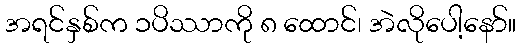
အရင်နှစ်က ၁ပိဿာကို ၈ ထောင်၊ အဲလိုပေါ့နော်။